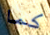
كما